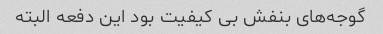
گوجه‌های بنفش بی کیفیت بود این دفعه البته